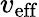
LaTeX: v_{\mathrm{{eff}}}